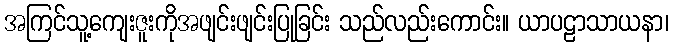
အကြင်သူ့ကျေးဇူးကိုအဖျင်းဖျင်းပြုခြင်း သည်လည်းကောင်း။ ယာပဠာသာယနာ၊